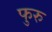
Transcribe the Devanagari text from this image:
फुरु